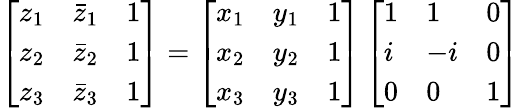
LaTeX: \left[\begin{array}{lll}{z_{1}}&{\bar{z}_{1}}&{1}\\ {z_{2}}&{\bar{z}_{2}}&{1}\\ {z_{3}}&{\bar{z}_{3}}&{1}\end{array}\right]=\left[\begin{array}{lll}{x_{1}}&{y_{1}}&{1}\\ {x_{2}}&{y_{2}}&{1}\\ {x_{3}}&{y_{3}}&{1}\end{array}\right]\left[\begin{array}{lll}{1}&{1}&{0}\\ {i}&{-i}&{0}\\ {0}&{0}&{1}\end{array}\right]